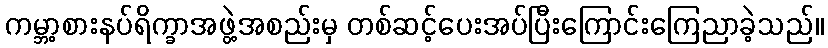
ကမ္ဘာ့စားနပ်ရိက္ခာအဖွဲ့အစည်းမှ တစ်ဆင့်ပေးအပ်ပြီးကြောင်းကြေညာခဲ့သည်။